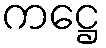
ကဋ္ဌေ